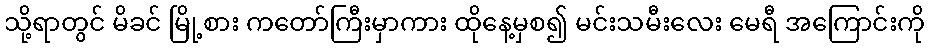
သို့ရာတွင် မိခင် မြို့စား ကတော်ကြီးမှာကား ထိုနေ့မှစ၍ မင်းသမီးလေး မေရီ အကြောင်းကို